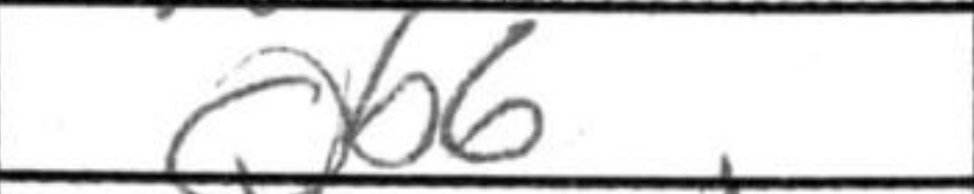
Transcription: Qb6